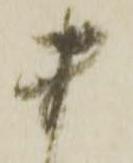
ま